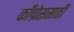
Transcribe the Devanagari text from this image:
काँग्रेससाठी